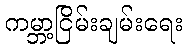
ကမ္ဘာ့ငြိမ်းချမ်းရေး